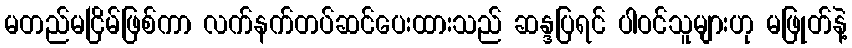
မတည်မငြိမ်ဖြစ်ကာ လက်နက်တပ်ဆင်ပေးထားသည် ဆန္ဒပြရင် ပါဝင်သူများဟု မဖြုတ်နဲ့